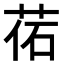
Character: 𦰒